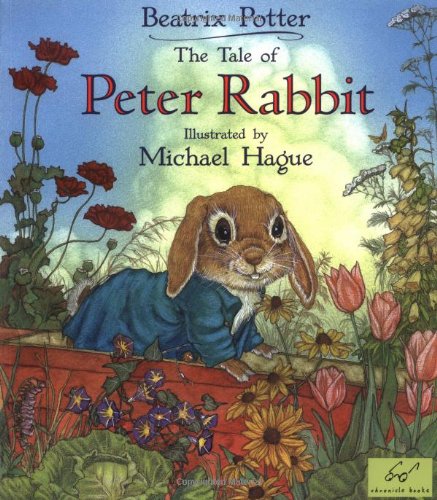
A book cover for The Tale of Peter Rabbit; Beatrix Potter; Children's Books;